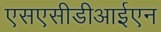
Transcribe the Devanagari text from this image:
एसएसीडीआईएन